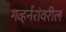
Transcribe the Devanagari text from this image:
गव्हर्नरांवरील